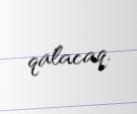
qalacaq.